Burma Government Medical School reports 1907-22
Year: 1907
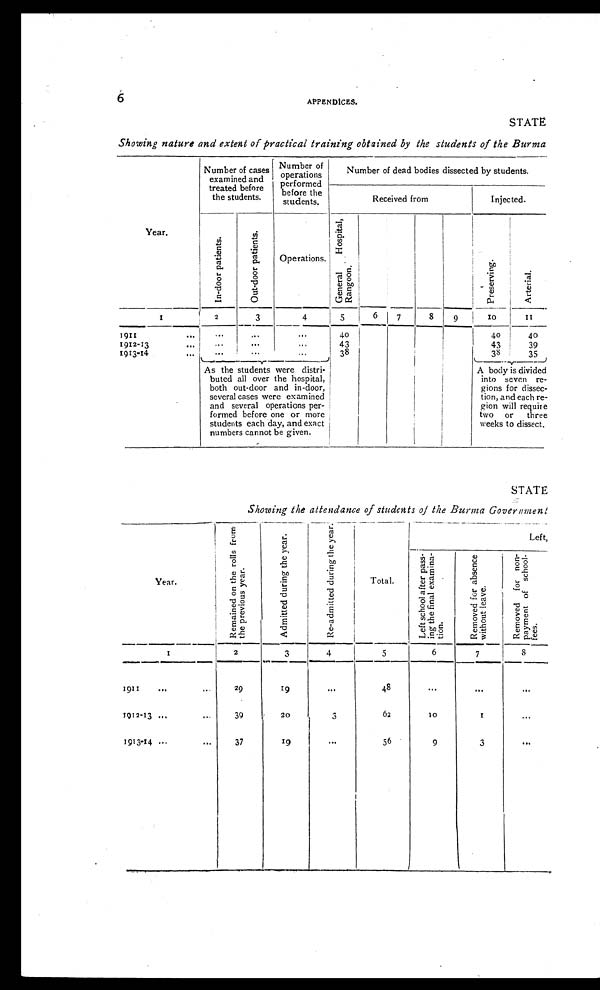
6
APPENDICES.
STATE
Showing nature and extent of practical training obtained by the students of the Burma
Year.
Number of cases
examined and
treated before
the students.
Number of
operations
performed
before the
students.
N u m b e r o f d e a d b o d i e s d i s s e c t e d b y s t u d e n t s .
Received from
Injected.
I n - d o o r p a t i e n t s .
O u t - d o o r p a t i e n t s .
Operations.
G e n e r a l H o s p i t a l , R a n g o o n .
P r e s e r v i n g .
A r t e r i a l .
1
2
3
4
5
6
7
8
9
10
1 1
1911 ...
. . .
. . .
...
40
40
40
1912-13
...
. . .
. . .
...
43
43
39
1913-14
...
. . .
. . .
...
38
38
35
As the students were distri-
buted all over the hospital,
both out-door and in-door,
several cases were examined
and several operations per-
formed before one or more
students each day, and exact
numbers cannot be given.
A body is divided
into seven re-
gions for dissec -
tion, and each re-
gion will require
two or three
weeks to dissect.
STATE
Showing the attendance of students of the Burma Government
Year.
R e m a i n e d o n t h e r o l l s f r o m t h e p r e v i o u s y e a r .
A d m i t t e d d u r i n g t h e y e a r .
R e - a d m i t t e d d u r i n g t h e y e a r .
Total.
Left,
L e f t s c h o o l a f t e r p a s s - i n g t h e f i n a l e x a m i n a - t i o n .
R e m o v e d f o r a b s e n c e w i t h o u t l e a v e .
R e m o v e d f o r n o n - p a y m e n t o f s c h o o l - f e e s .
1
2
3
4
5
6
7
8
1911 ...
. . .
29
19
...
48
...
. . .
. . .
1912-13 ...
...
39
20
3
62
10
1
...
1913-14 ...
. . .
37
19
. . .
56
9
3
. . .